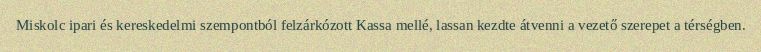
Miskolc ipari és kereskedelmi szempontból felzárkózott Kassa mellé, lassan kezdte átvenni a vezető szerepet a térségben.